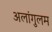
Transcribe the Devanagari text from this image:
अलांगुलम